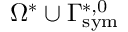
\Omega ^ { * } \cup \Gamma _ { \mathrm { { s y m } } } ^ { * , 0 }